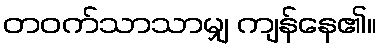
တဝက်သာသာမျှ ကျန်နေ၏။